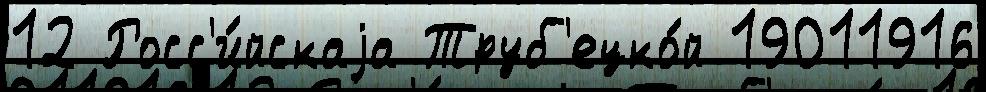
12 Росс'и́йскаjа Труб'ецко́й 19011916